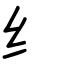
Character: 纟